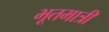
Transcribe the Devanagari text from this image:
भूतमात्रीं